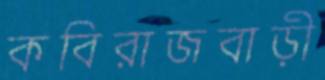
কবিরাজবাড়ী